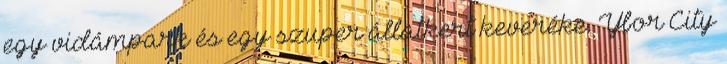
egy vidámpark és egy szuper állatkert keveréke. Ybor City